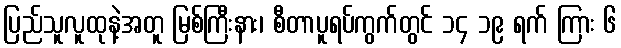
ပြည်သူလူထုနဲ့အတူ မြစ်ကြီးနား၊ စီတာပူရပ်ကွက်တွင် ၁၄ ၁၉ ရက် ကြား ၆